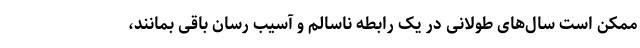
ممکن است سال‌های طولانی در یک رابطه ناسالم و آسیب رسان باقی بمانند،